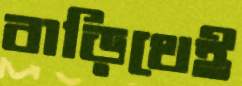
বাড়িথেই